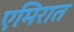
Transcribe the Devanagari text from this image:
एमिरात